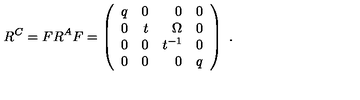
R ^ { C } = F R ^ { A } F = \left( \begin{array} { r r r r } { q } & { 0 } & { 0 } & { 0 } \\ { 0 } & { t } & { \Omega } & { 0 } \\ { 0 } & { 0 } & { t ^ { - 1 } } & { 0 } \\ { 0 } & { 0 } & { 0 } & { q } \\ \end{array} \right) \ .